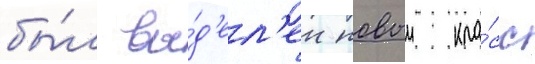
бы́л вы́д'ел'ен новыи кла́сс